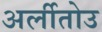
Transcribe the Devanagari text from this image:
अर्लीतोउ